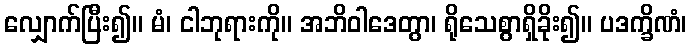
လျှောက်ပြီး၍။ မံ၊ ငါဘုရားကို။ အဘိဝါဒေတွာ၊ ရိုသေစွာရှိခိုး၍။ ပဒက္ခိဏံ၊